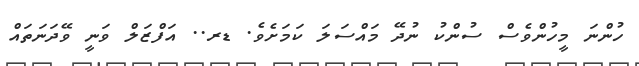
ހުންނަ މީހުންވެސް ސުންކު ނުދޭ މައްސަލަ ކަމަށެވެ. ޑރ.. އަފްޒަލް ވަނީ ވޭދަނަތައް